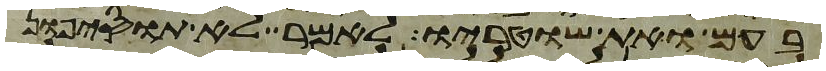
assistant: בעם ואת שוטריו לאמר לא תוסיפון